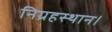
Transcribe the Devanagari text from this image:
निग्रहस्थान।